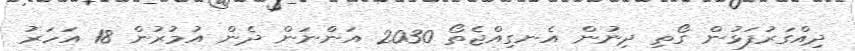
ދިއްގަރުފަޅުން ގޯތި ދިނުން އެނގިއްޖެތޯ 2030 އަންނަން ދެން އުމުރުން 18 އަހަރު